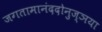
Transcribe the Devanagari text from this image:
जगतामानंददोनुज्ञया